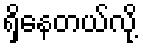
ရှိနေတယ်လို့